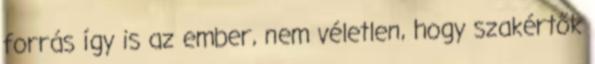
forrás így is az ember, nem véletlen, hogy szakértők